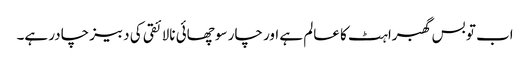
اب تو بس گھبراہٹ کا عالم ہے اور چار سو چھائی نالائقی کی دبیز چادر ہے۔